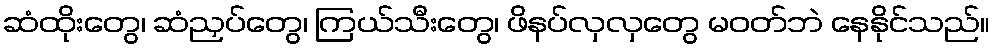
ဆံထိုးတွေ၊ ဆံညှပ်တွေ၊ ကြယ်သီးတွေ၊ ဖိနပ်လှလှတွေ မဝတ်ဘဲ နေနိုင်သည်။